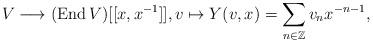
LaTeX: \begin{align*}V \longrightarrow (\mbox{End}\,V)[[x,x^{-1}]], v \mapsto Y(v,x)= \sum_{n\in\mathbb{Z}}v_nx^{-n-1},\end{align*}